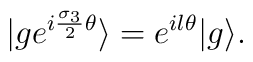
|ge^{i{{\sigma}_3\over 2}{\theta}}\rangle=e^{il{\theta}}|g\rangle.